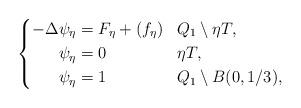
LaTeX: \begin{align*}\left\{\aligned-\Delta \psi_\eta & = F_\eta +(f_\eta) & & Q_1 \setminus \eta T,\\\psi_\eta & =0 & & \eta T,\\\psi_\eta & =1 & & Q_1\setminus B(0, 1/3),\endaligned\right.\end{align*}